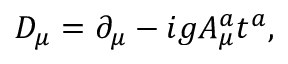
D _ { \mu } = \partial _ { \mu } - i g A _ { \mu } ^ { a } t ^ { a } ,